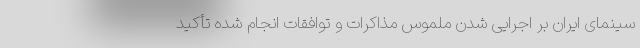
سینمای ایران بر اجرایی شدن ملموس مذاکرات و توافقات انجام شده تأکید